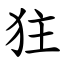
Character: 㹥